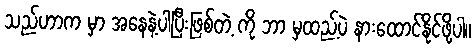
သည်ဟာက မှာ အနေနဲ့ပါပြီးဖြစ်တဲ့ ကို ဘာ မှထည့်ပဲ နားထောင်နိုင်ဖို့ပါ။